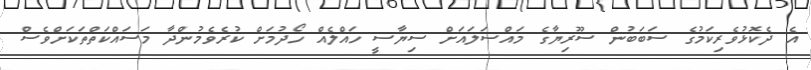
އެ ދެކޮޅުވެރިކަމުގެ ސަބަބުން ސޫރިޔާގެ މައްސަލައަށް ސިޔާސީ ހައްލެއް ހޯދުމަށް ކުރެވެމުންދާ މަސައްކަތްތަކަށްވެސް